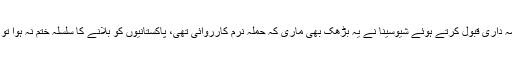
حملے کی فخریہ طور پر ذمہ داری قبول کرتے ہوئے شیوسینا نے یہ بڑھک بھی ماری کہ حملہ نرم کارروائی تھی، پاکستانیوں کو بلانے کا سلسلہ ختم نہ ہوا تو مزید کارروائیاں کریں گے۔